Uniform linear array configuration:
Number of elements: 8
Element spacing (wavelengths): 0.25
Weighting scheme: binomial
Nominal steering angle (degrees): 30
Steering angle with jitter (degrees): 31.59
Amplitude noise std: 0.05
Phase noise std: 0.05

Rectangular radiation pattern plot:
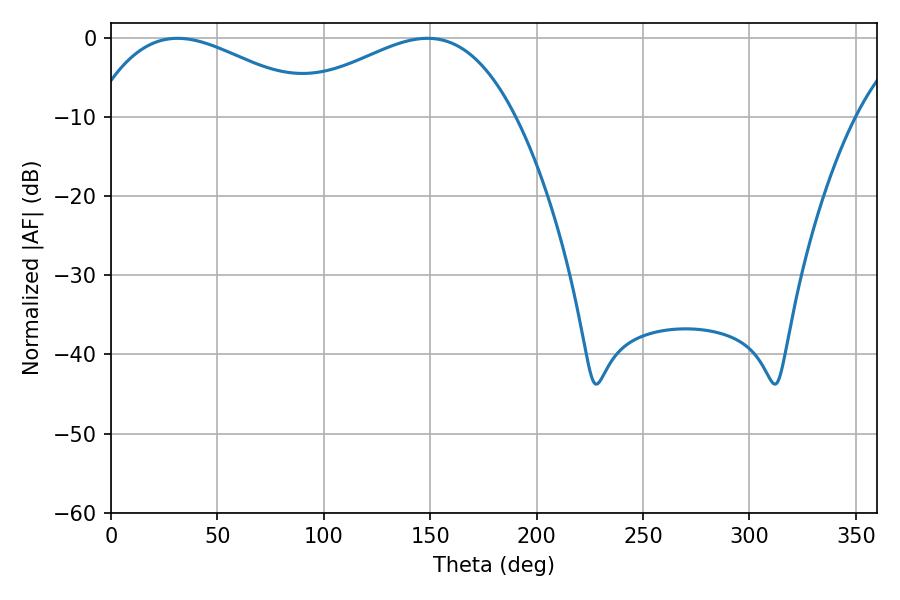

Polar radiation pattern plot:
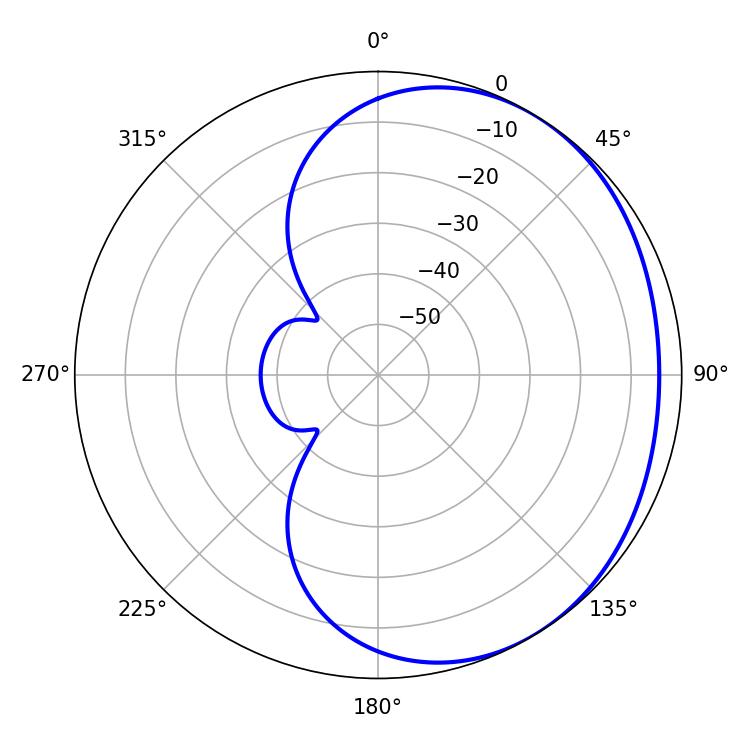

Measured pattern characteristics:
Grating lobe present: FALSE
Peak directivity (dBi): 2.068
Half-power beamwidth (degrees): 58.86
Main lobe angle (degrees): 31.32